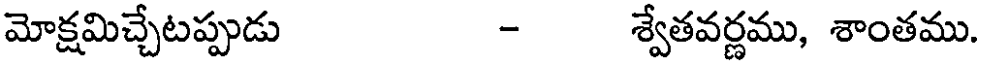
మోక్షమిచ్చేటప్పుడు - శ్వేతవర్ణము, శాంతము.